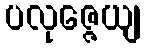
ပလုဇ္ဇေယျ